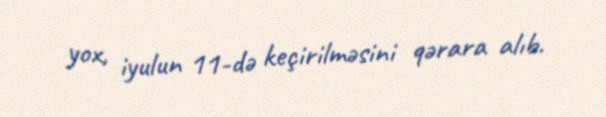
yox, iyulun 11-də keçirilməsini qərara alıb.